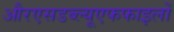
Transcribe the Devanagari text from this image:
औरएसडब्ल्यूएफफाइलों